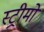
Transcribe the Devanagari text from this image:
स्ट्रीमों